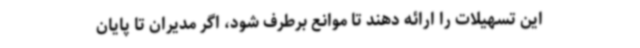
این تسهیلات را ارائه دهند تا موانع برطرف شود، اگر مدیران تا پایان